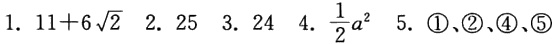
1. \(11 + 6\sqrt{2}\)  2. \(25\)  3. \(24\)  4. \(\frac{1}{2}a^{2}\)  5. \(\textcircled{1}\)、\(\textcircled{2}\)、\(\textcircled{4}\)、\(\textcircled{5}\)